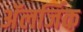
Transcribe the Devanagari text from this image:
अॅलर्जिक